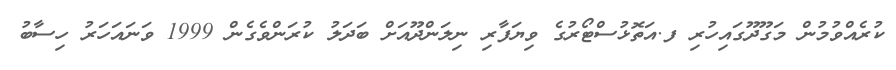
ކުރެއްވުމުން މަގޫދޫގައިހުރި ފ.އަތޮޅުސްޓޯރުގެ ވިޔަފާރި ނިލަންދޫއަށް ބަދަލު ކުރަންވެގެން 1999 ވަނައަހަރު ހިސާބު